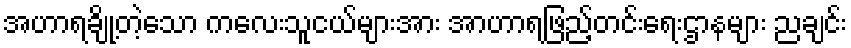
အဟာရချို့တဲ့သော ကလေးသူငယ်များအား အာဟာရဖြည့်တင်းရေးဌာနများ ညချင်း